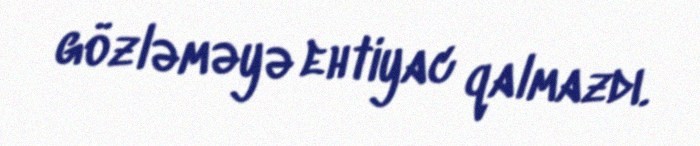
gözləməyə ehtiyac qalmazdı.